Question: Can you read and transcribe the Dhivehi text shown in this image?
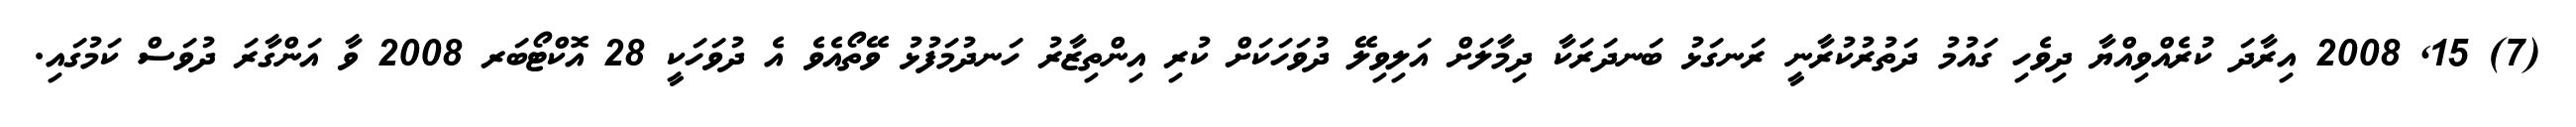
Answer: (7) 15, 2008 އިރާދަ ކުރެއްވިއްޔާ ދިވެހި ގައުމު ދަތުރުކުރާނީ ރަނގަޅު ބަނދަރަކާ ދިމާލަށް އަލިވިލޭ ދުވަހަކަށް ކުރި އިންތިޒާރު ހަނދުމަފުޅު ވޭތޯއެވެ އެ ދުވަހަކީ 28 އޮކްޓޯބަރ 2008 ވާ އަންގާރަ ދުވަސް ކަމުގައި.